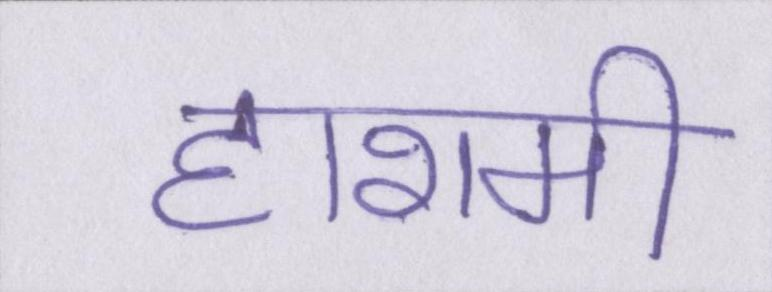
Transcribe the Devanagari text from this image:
हाशमी